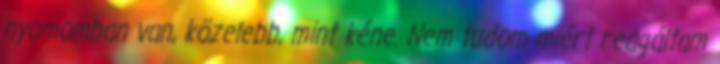
nyomomban van, közelebb, mint kéne. Nem tudom miért reagáltam